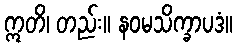
ဣတိ၊ တည်း။ နဝမသိက္ခာပဒံ။